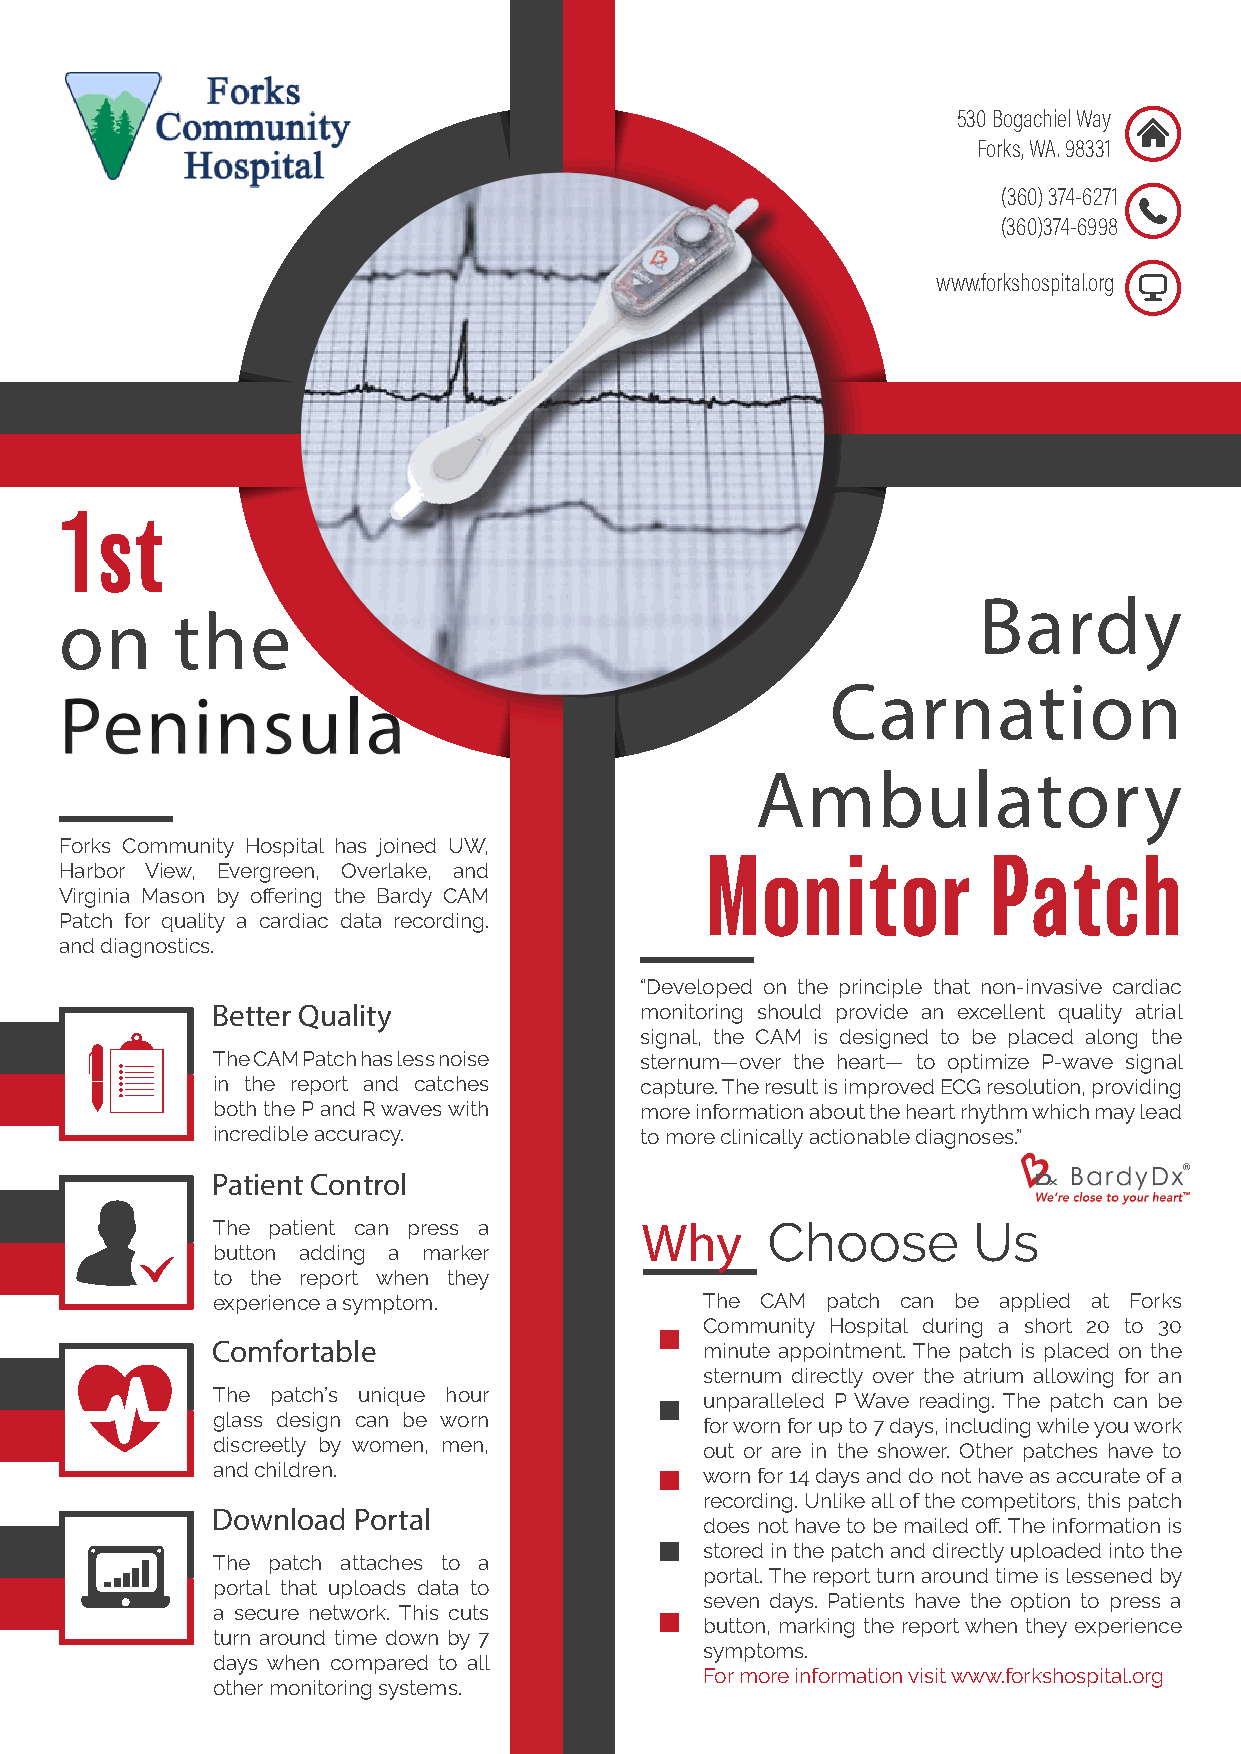
530 Bogachiel Way
 Forks, WA. 98331
 (360) 374-6271
 (360)374-6998
 www.forkshospital.org
 1st
 Bardy
 on     the
 Carnation
 Peninsula
 Ambulatory
 Forks Community Hospital has joined UW,
 Monitor            Patch
 Harbor View, Evergreen, Overlake, and
 Virginia Mason by offering the Bardy CAM
 Patch for quality a cardiac data recording.
 and diagnostics.
 “Developed on the principle that non-invasive cardiac
 Better Quality              monitoring should provide an excellent quality atrial
 signal, the CAM is designed to be placed along the
 The CAM Patch has less noise sternum—over the heart— to optimize P-wave signal
 in the report and catches   capture. The result is improved ECG resolution, providing
 both the P and R waves with more information about the heart rhythm which may lead
 incredible accuracy.        to more clinically actionable diagnoses.”
 Patient Control
 The patient can press a     Why      Choose       Us
 button adding a marker
 to the report when they
 experience a symptom.            The CAM patch can be applied at Forks
 Community Hospital during a short 20 to 30
 Comfortable                      minute appointment. The patch is placed on the
 sternum directly over the atrium allowing for an
 The patch’s unique hour          unparalleled P Wave reading. The patch can be
 glass design can be worn         for worn for up to 7 days, including while you work
 discreetly by women, men,        out or are in the shower. Other patches have to
 and children.                    worn for 14 days and do not have as accurate of a
 recording. Unlike all of the competitors, this patch
 Download Portal
 does not have to be mailed off. The information is
 stored in the patch and directly uploaded into the
 The patch attaches to a
 portal. The report turn around time is lessened by
 portal that uploads data to
 seven days. Patients have the option to press a
 a secure network. This cuts
 button, marking the report when they experience
 turn around time down by 7
 symptoms.
 days when compared to all
 For more information visit www.forkshospital.org
 other monitoring systems.